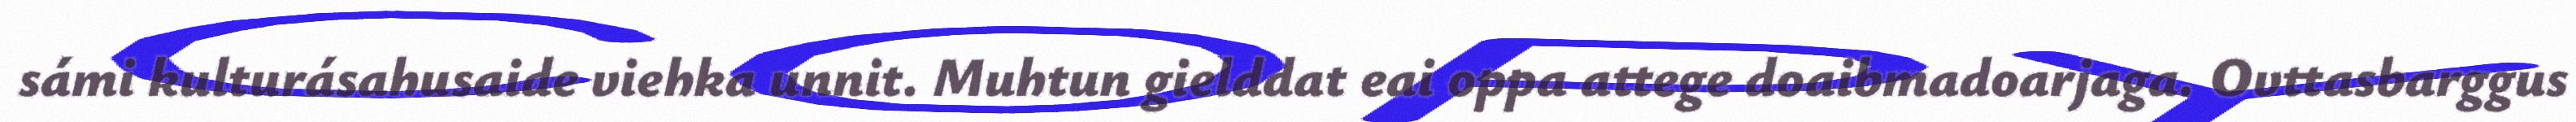
sámi kulturásahusaide viehka unnit. Muhtun gielddat eai oppa attege doaibmadoarjaga. Ovttasbarggus